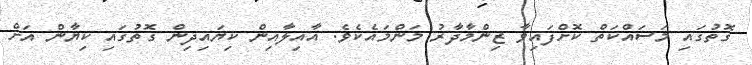
ގޮތުގައި މަސައްކަތް ކޮށްފައިވާ ޒިންމާދާރު މަންމައެކެވެ. އާއިލާއިން ކިޔައިދިން ގޮތުގައި ކިޔާން އަށް